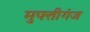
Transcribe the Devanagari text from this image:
मुफ्तीगंज